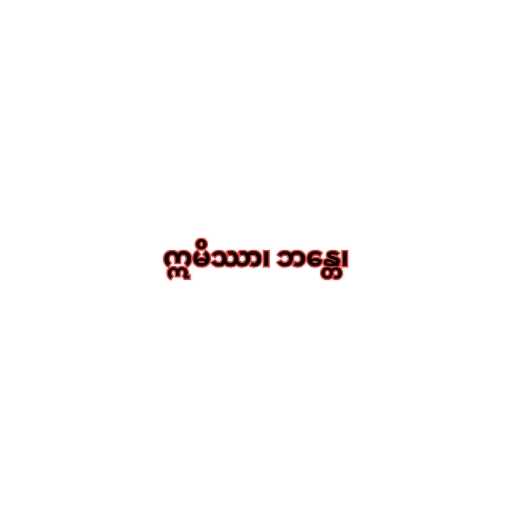
ဣမိဿာ၊ ဘန္တေ၊